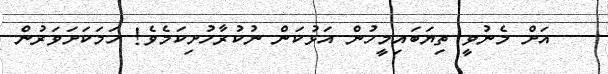
އަށް މެނުވީ ތިޔަބައިމީހުން އަޅުކަން ނުކުރާހުށިކަމެވެ! ހަމަކަށަވަރުން